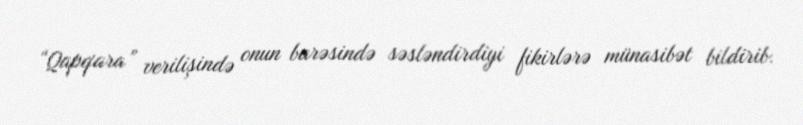
“Qapqara” verilişində onun barəsində səsləndirdiyi fikirlərə münasibət bildirib.